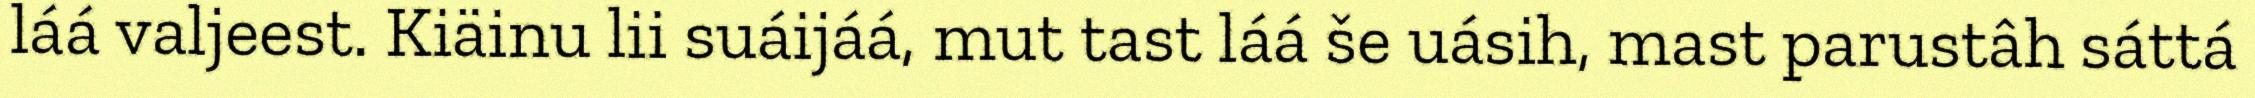
láá valjeest. Kiäinu lii suáijáá, mut tast láá še uásih, mast parustâh sáttá